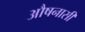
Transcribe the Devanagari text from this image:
औषनासी